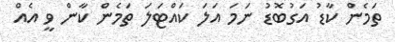
ތަމެން ކާޑު އަގުބޮޑު ނަމަ އަލަ ކައްޓަލަ ތަމެން ކާން ވީ އެއް